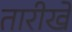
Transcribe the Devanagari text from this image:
तारीखेँ